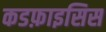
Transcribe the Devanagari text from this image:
कडफ़ाइसिस